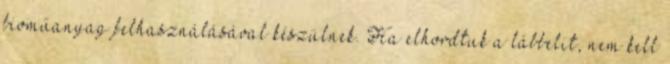
bioműanyag felhasználásával készülnek. Ha elhordtuk a lábbelit, nem kell